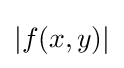
\left\vert f(x,y)\right\vert